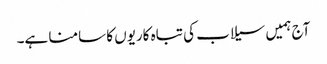
آج ہمیں سیلاب کی تباہ کاریوں کا سامنا ہے۔